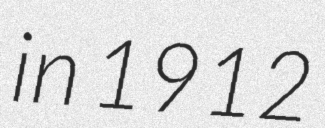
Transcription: in 1912